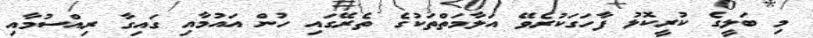
މި ބަލީގެ ކުރީކޮޅު ފާހަގަކުރެވޭ އަލާމަތްތަކުގެ ތެރޭގައި ހުން އައުމާއި ގައިގާ ރިއްސުމާއި